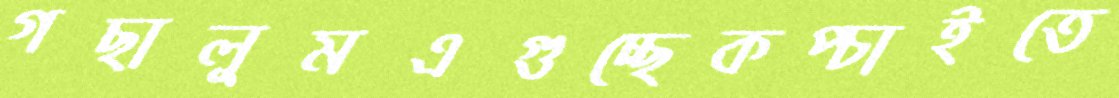
গছালুমএগুচ্ছেকপ্‌চাইতে